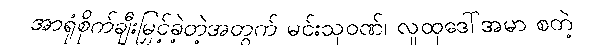
အာရုံစိုက်ချီးမြှင့်ခဲ့တဲ့အတွက် မင်းသုဝဏ်၊ လူထုဒေါ်အမာ စတဲ့